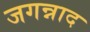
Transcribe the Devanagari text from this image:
जगन्नाद